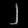
Digit: ၂